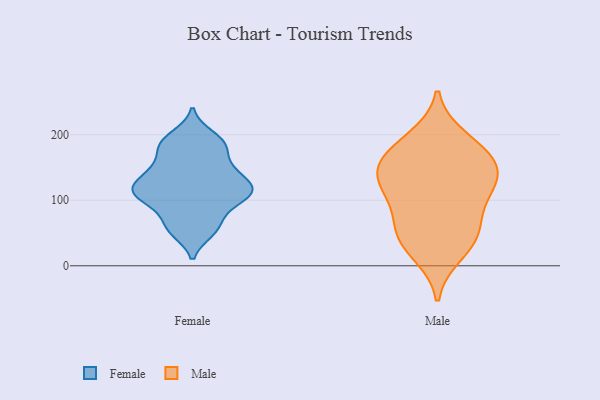
{"axis": {"x": "Budget (USD K)", "y": "Value"}, "legend": ["Female", "Male"], "data": [{"x": "", "y": 187, "type": "Female"}, {"x": "", "y": 119, "type": "Female"}, {"x": "", "y": 113, "type": "Female"}, {"x": "", "y": 141, "type": "Female"}, {"x": "", "y": 130, "type": "Female"}, {"x": "", "y": 114, "type": "Female"}, {"x": "", "y": 151, "type": "Female"}, {"x": "", "y": 181, "type": "Female"}, {"x": "", "y": 149, "type": "Female"}, {"x": "", "y": 199, "type": "Female"}, {"x": "", "y": 67, "type": "Female"}, {"x": "", "y": 104, "type": "Female"}, {"x": "", "y": 181, "type": "Female"}, {"x": "", "y": 87, "type": "Female"}, {"x": "", "y": 105, "type": "Female"}, {"x": "", "y": 55, "type": "Female"}, {"x": "", "y": 114, "type": "Female"}, {"x": "", "y": 52, "type": "Female"}, {"x": "", "y": 143, "type": "Male"}, {"x": "", "y": 90, "type": "Male"}, {"x": "", "y": 194, "type": "Male"}, {"x": "", "y": 117, "type": "Male"}, {"x": "", "y": 175, "type": "Male"}, {"x": "", "y": 44, "type": "Male"}, {"x": "", "y": 45, "type": "Male"}, {"x": "", "y": 134, "type": "Male"}, {"x": "", "y": 171, "type": "Male"}, {"x": "", "y": 152, "type": "Male"}, {"x": "", "y": 19, "type": "Male"}, {"x": "", "y": 58, "type": "Male"}, {"x": "", "y": 121, "type": "Male"}]}